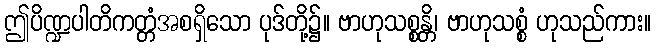
ဤပိဏ္ဍပါတိကတ္တံအစရှိသော ပုဒ်တို့၌။ ဗာဟုသစ္စန္တိ၊ ဗာဟုသစ္စံ ဟုသည်ကား။